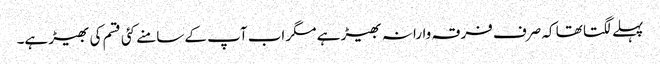
پہلے لگتا تھا کہ صرف فرقہ وارانہ بھیڑ ہے مگر اب آپ کے سامنے کئی قسم کی بھیڑ ہے۔